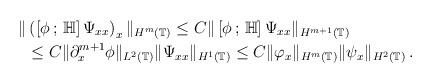
LaTeX: \begin{align*}\Vert &\left(\left[\phi\,;\,\mathbb H\right]\Psi_{xx}\right)_x\Vert_{H^m(\mathbb T)}\le C\Vert \left[\phi\,;\,\mathbb H\right]\Psi_{xx}\Vert_{H^{m+1}(\mathbb T)}\\&\le C\Vert\partial^{m+1}_x\phi\Vert_{L^2(\mathbb T)}\Vert\Psi_{xx}\Vert_{H^1(\mathbb T)}\le C\Vert\varphi_{x}\Vert_{H^m(\mathbb T)}\Vert\psi_x\Vert_{H^2(\mathbb T)}\,.\end{align*}